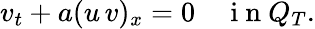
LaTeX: v_{t}+a(u\, v)_{x}=0\quad\mathrm{~i~n~}Q_{T}.